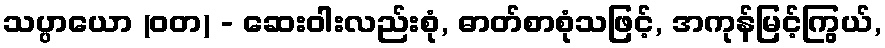
သပ္ပာယော (ဝတ) - ဆေးဝါးလည်းစုံ, ဓာတ်စာစုံသဖြင့်, အကုန်မြင့်ကြွယ်,